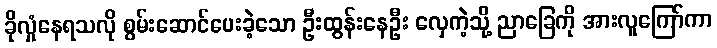
ခိုလှုံနေရသလို စွမ်းဆောင်ပေးခဲ့သော ဦးထွန်းနေဦး လှေကဲ့သို့ ညာခြေကို အားလူကြော်ကာ